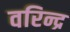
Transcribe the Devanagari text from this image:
वरिन्द्र